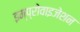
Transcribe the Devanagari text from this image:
इम्प्रोवाइजेशन